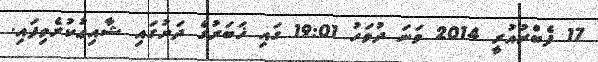
17 ފެބްރުއުރީ 2014 ވަނަ ދުވަހު 19:01 ގައި ޚަބަރުގެ ދަށުގައި ޝާއިޢުކުރެވިފައި.